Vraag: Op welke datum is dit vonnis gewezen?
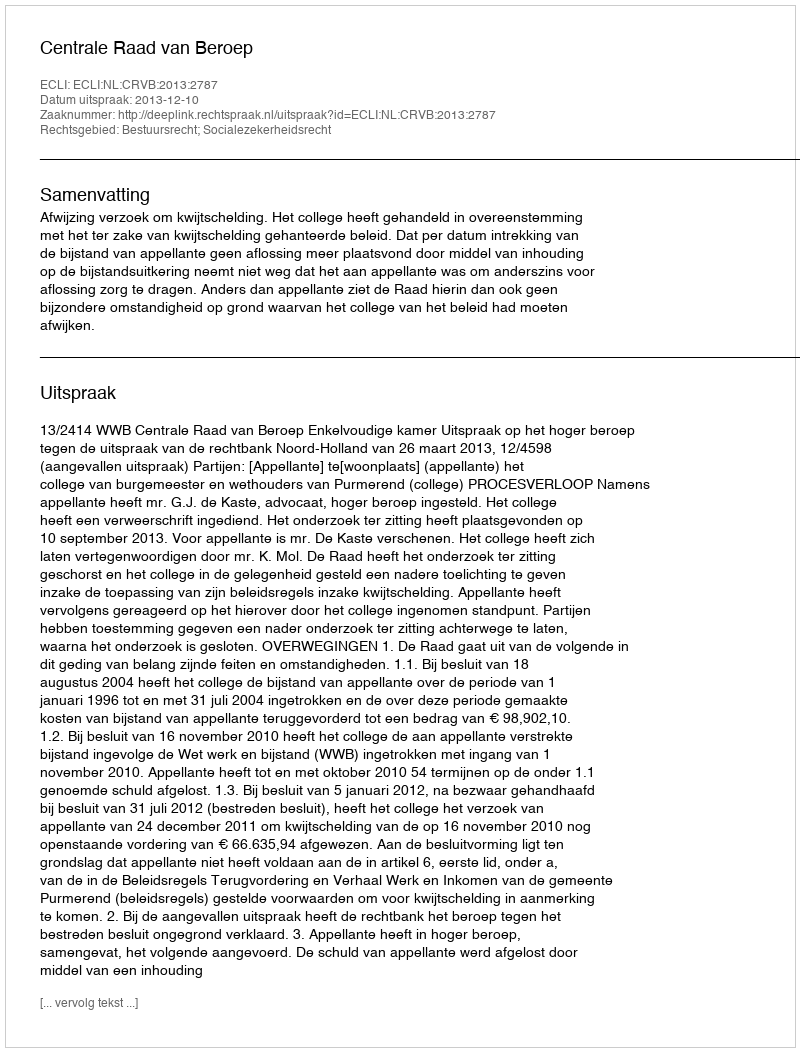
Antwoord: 2013-12-10